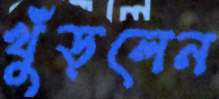
খুঁড়লেন